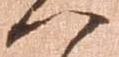
へ